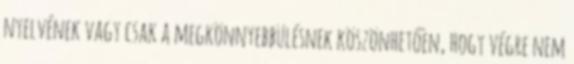
nyelvének vagy csak a megkönnyebbülésnek köszönhetően, hogy végre nem